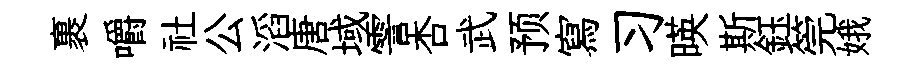
裹嚼社公滔唐域霅杏武预寫习暎斯鈺筦娥